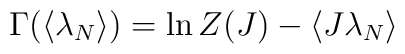
\Gamma ( \langle \lambda_{N} \rangle ) =\ln Z(J) - \langle J \lambda_{N} \rangle